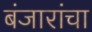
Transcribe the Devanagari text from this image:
बंजारांचा